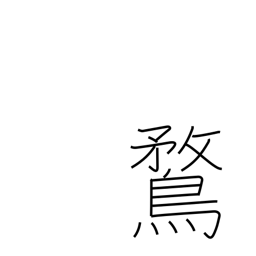
Meaning: domestic duck